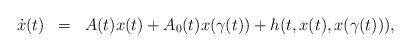
LaTeX: \begin{align*} \begin{array}{lcl}\dot{x}(t)&=&A(t)x(t)+A_{0}(t)x(\gamma(t))+h(t,x(t),x(\gamma(t))), \end{array}\end{align*}